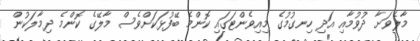
މާލެވަށާ ދުވުމާއި އަދި ހިނގުމުގެ މިއިވެންޓަގައި ކޮންމެ ބޭފުޅަކަށްވެސް މާލޭގެ ކޮންމެ ދިމާލަކުން